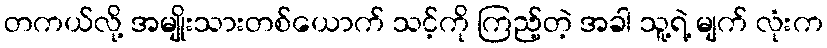
တကယ်လို့ အမျိုးသားတစ်ယောက် သင့်ကို ကြည့်တဲ့ အခါ သူ့ရဲ့ မျက် လုံးက